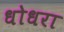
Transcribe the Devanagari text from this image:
धोधरा